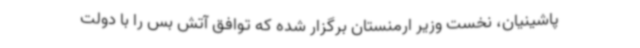
پاشینیان، نخست وزیر ارمنستان برگزار شده که توافق آتش بس را با دولت